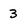
Character: 3